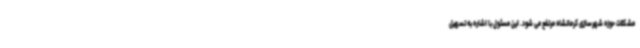
مشکلات حوزه شهرسازی کرمانشاه مرتفع می شود. این مسئول با اشاره به تسهیل